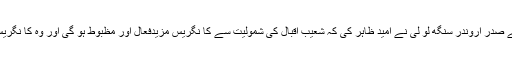
اس مو قع پر دہلی پردیش کا نگر یس کمیٹی کے صدر اروندر سنگھ لو لی نے امید ظاہر کی کہ شعیب اقبال کی شمولیت سے کا نگریس مزیدفعال اور مظبوط ہو گی اور وہ کا نگریس کے15سالوں کی ترقی کو یقینی بنا ئیں گے۔